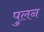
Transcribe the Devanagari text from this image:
पुलन